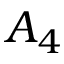
A _ { 4 }